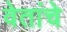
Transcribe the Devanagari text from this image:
वेतांचे